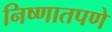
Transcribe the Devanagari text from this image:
निष्णातपणे